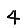
Digit: 4